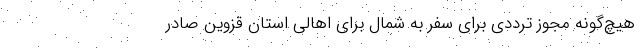
هیچ‌گونه مجوز ترددی برای سفر به شمال برای اهالی استان قزوین صادر